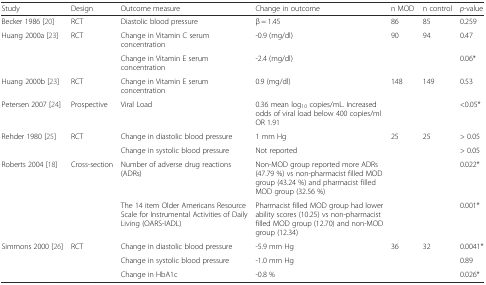
<table><thead><tr><td><b>Study</b></td><td><b>Design</b></td><td><b>Outcome measure</b></td><td><b>Change in outcome</b></td><td><b>n MOD</b></td><td><b>n control</b></td><td><b><i>p</i>-value</b></td></tr></thead><tbody><tr><td>Becker 1986 [20]</td><td>RCT</td><td>Diastolic blood pressure</td><td>β = 1.45</td><td>86</td><td>85</td><td>0.259</td></tr><tr><td rowspan="2">Huang 2000a [23]</td><td rowspan="2">RCT</td><td>Change in Vitamin C serum concentration</td><td>-0.9 (mg/dl)</td><td>90</td><td>94</td><td>0.47</td></tr><tr><td>Change in Vitamin E serum concentration</td><td>-2.4 (mg/dl)</td><td></td><td></td><td>0.06*</td></tr><tr><td>Huang 2000b [23]</td><td>RCT</td><td>Change in Vitamin E serum concentration</td><td>0.9 (mg/dl)</td><td>148</td><td>149</td><td>0.53</td></tr><tr><td>Petersen 2007 [24]</td><td>Prospective</td><td>Viral Load</td><td>0.36 mean log<sub>10</sub> copies/mL. Increased odds of viral load below 400 copies/ml OR 1.91</td><td></td><td></td><td>&lt;0.05*</td></tr><tr><td rowspan="2">Rehder 1980 [25]</td><td rowspan="2">RCT</td><td>Change in diastolic blood pressure</td><td>1 mm Hg</td><td>25</td><td>25</td><td>&gt; 0.05</td></tr><tr><td>Change in systolic blood pressure</td><td>Not reported</td><td></td><td></td><td>&gt; 0.05</td></tr><tr><td rowspan="2">Roberts 2004 [18]</td><td rowspan="2">Cross-section</td><td>Number of adverse drug reactions (ADRs)</td><td>Non-MOD group reported more ADRs (47.79 %) vs non-pharmacist filled MOD group (43.24 %) and pharmacist filled MOD group (32.56 %)</td><td></td><td></td><td>0.022*</td></tr><tr><td>The 14 item Older Americans Resource Scale for Instrumental Activities of Daily Living (OARS-IADL)</td><td>Pharmacist filled MOD group had lower ability scores (10.25) vs non-pharmacist filled MOD group (12.70) and non-MOD group (12.34)</td><td></td><td></td><td>0.001*</td></tr><tr><td rowspan="3">Simmons 2000 [26]</td><td rowspan="3">RCT</td><td>Change in diastolic blood pressure</td><td>-5.9 mm Hg</td><td>36</td><td>32</td><td>0.0041*</td></tr><tr><td>Change in systolic blood pressure</td><td>-1.0 mm Hg</td><td></td><td></td><td>0.89</td></tr><tr><td>Change in HbA1c</td><td>-0.8 %</td><td></td><td></td><td>0.026*</td></tr></tbody></table>